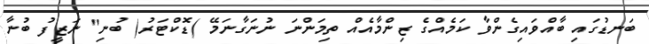
ބަނޑުގައި ބާއްވައިގެންވާ ކަމެއްގެ ޒިންމާއެއް ތިމަންނަ ނުނަގާނަމޭ )ޑޮކްޓަރު( ބުނި" ނަޒީފު ބުނާ